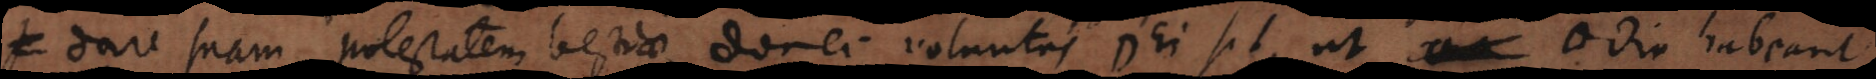
dare suam potestatem bestiae, donec voluntas Dei sit, ut odio habeant